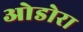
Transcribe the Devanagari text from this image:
ओडोरा